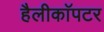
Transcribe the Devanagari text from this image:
हैलीकाॅपटर